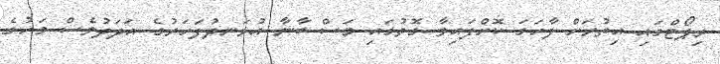
ރިޕޯޓްގައި އިތުރަށް ފާހަގަ ކޮށްފައިވާ ގޮތުގައި މަސް ބާނާ އުޅަނދުފަހަރުގެ އަދަދުވެސް މަހުގެ